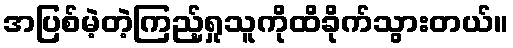
အပြစ်မဲ့တဲ့ကြည့်ရှုသူကိုထိခိုက်သွားတယ်။